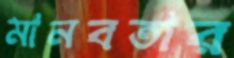
মানবতার